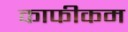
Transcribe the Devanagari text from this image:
काफीकम